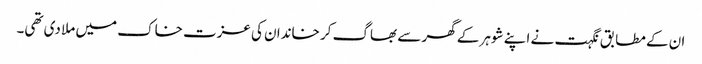
ان کے مطابق نگہت نے اپنے شوہر کے گھر سے بھاگ کر خاندان کی عزت خاک میں ملا دی تھی۔